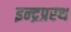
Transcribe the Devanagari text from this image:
इन्‍द्रप्रस्‍थ